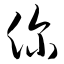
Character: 你